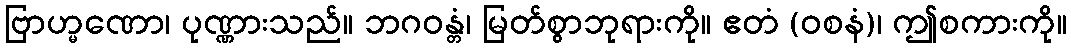
ဗြာဟ္မဏော၊ ပုဏ္ဏားသည်။ ဘဂဝန္တံ၊ မြတ်စွာဘုရားကို။ ဧတံ (ဝစနံ)၊ ဤစကားကို။